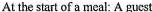
At the start of a meal: A guest